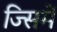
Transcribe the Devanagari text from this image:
ज्सिमें